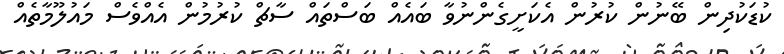
ކުޑަކުދިން ބޭނުން ކުރުން އެކަށީގެންނުވާ ބައެއް ބަސްތައް ސާޗް ކުރުމުން އެއްވެސް މައުލޫމާތެއް